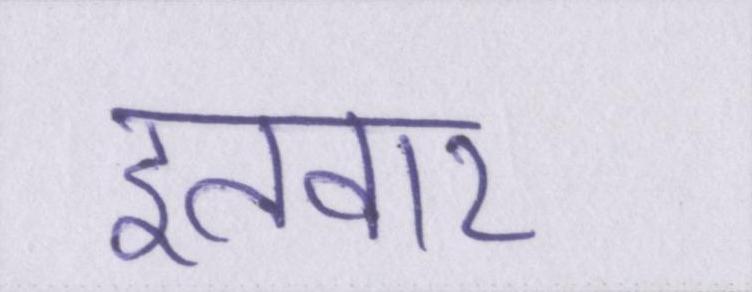
इतवार